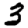
Digit: 3